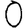
Digit: 0